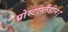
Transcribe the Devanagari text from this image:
प्रोस्टाग्लैंडीन।